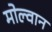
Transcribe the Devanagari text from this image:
मोल्वान